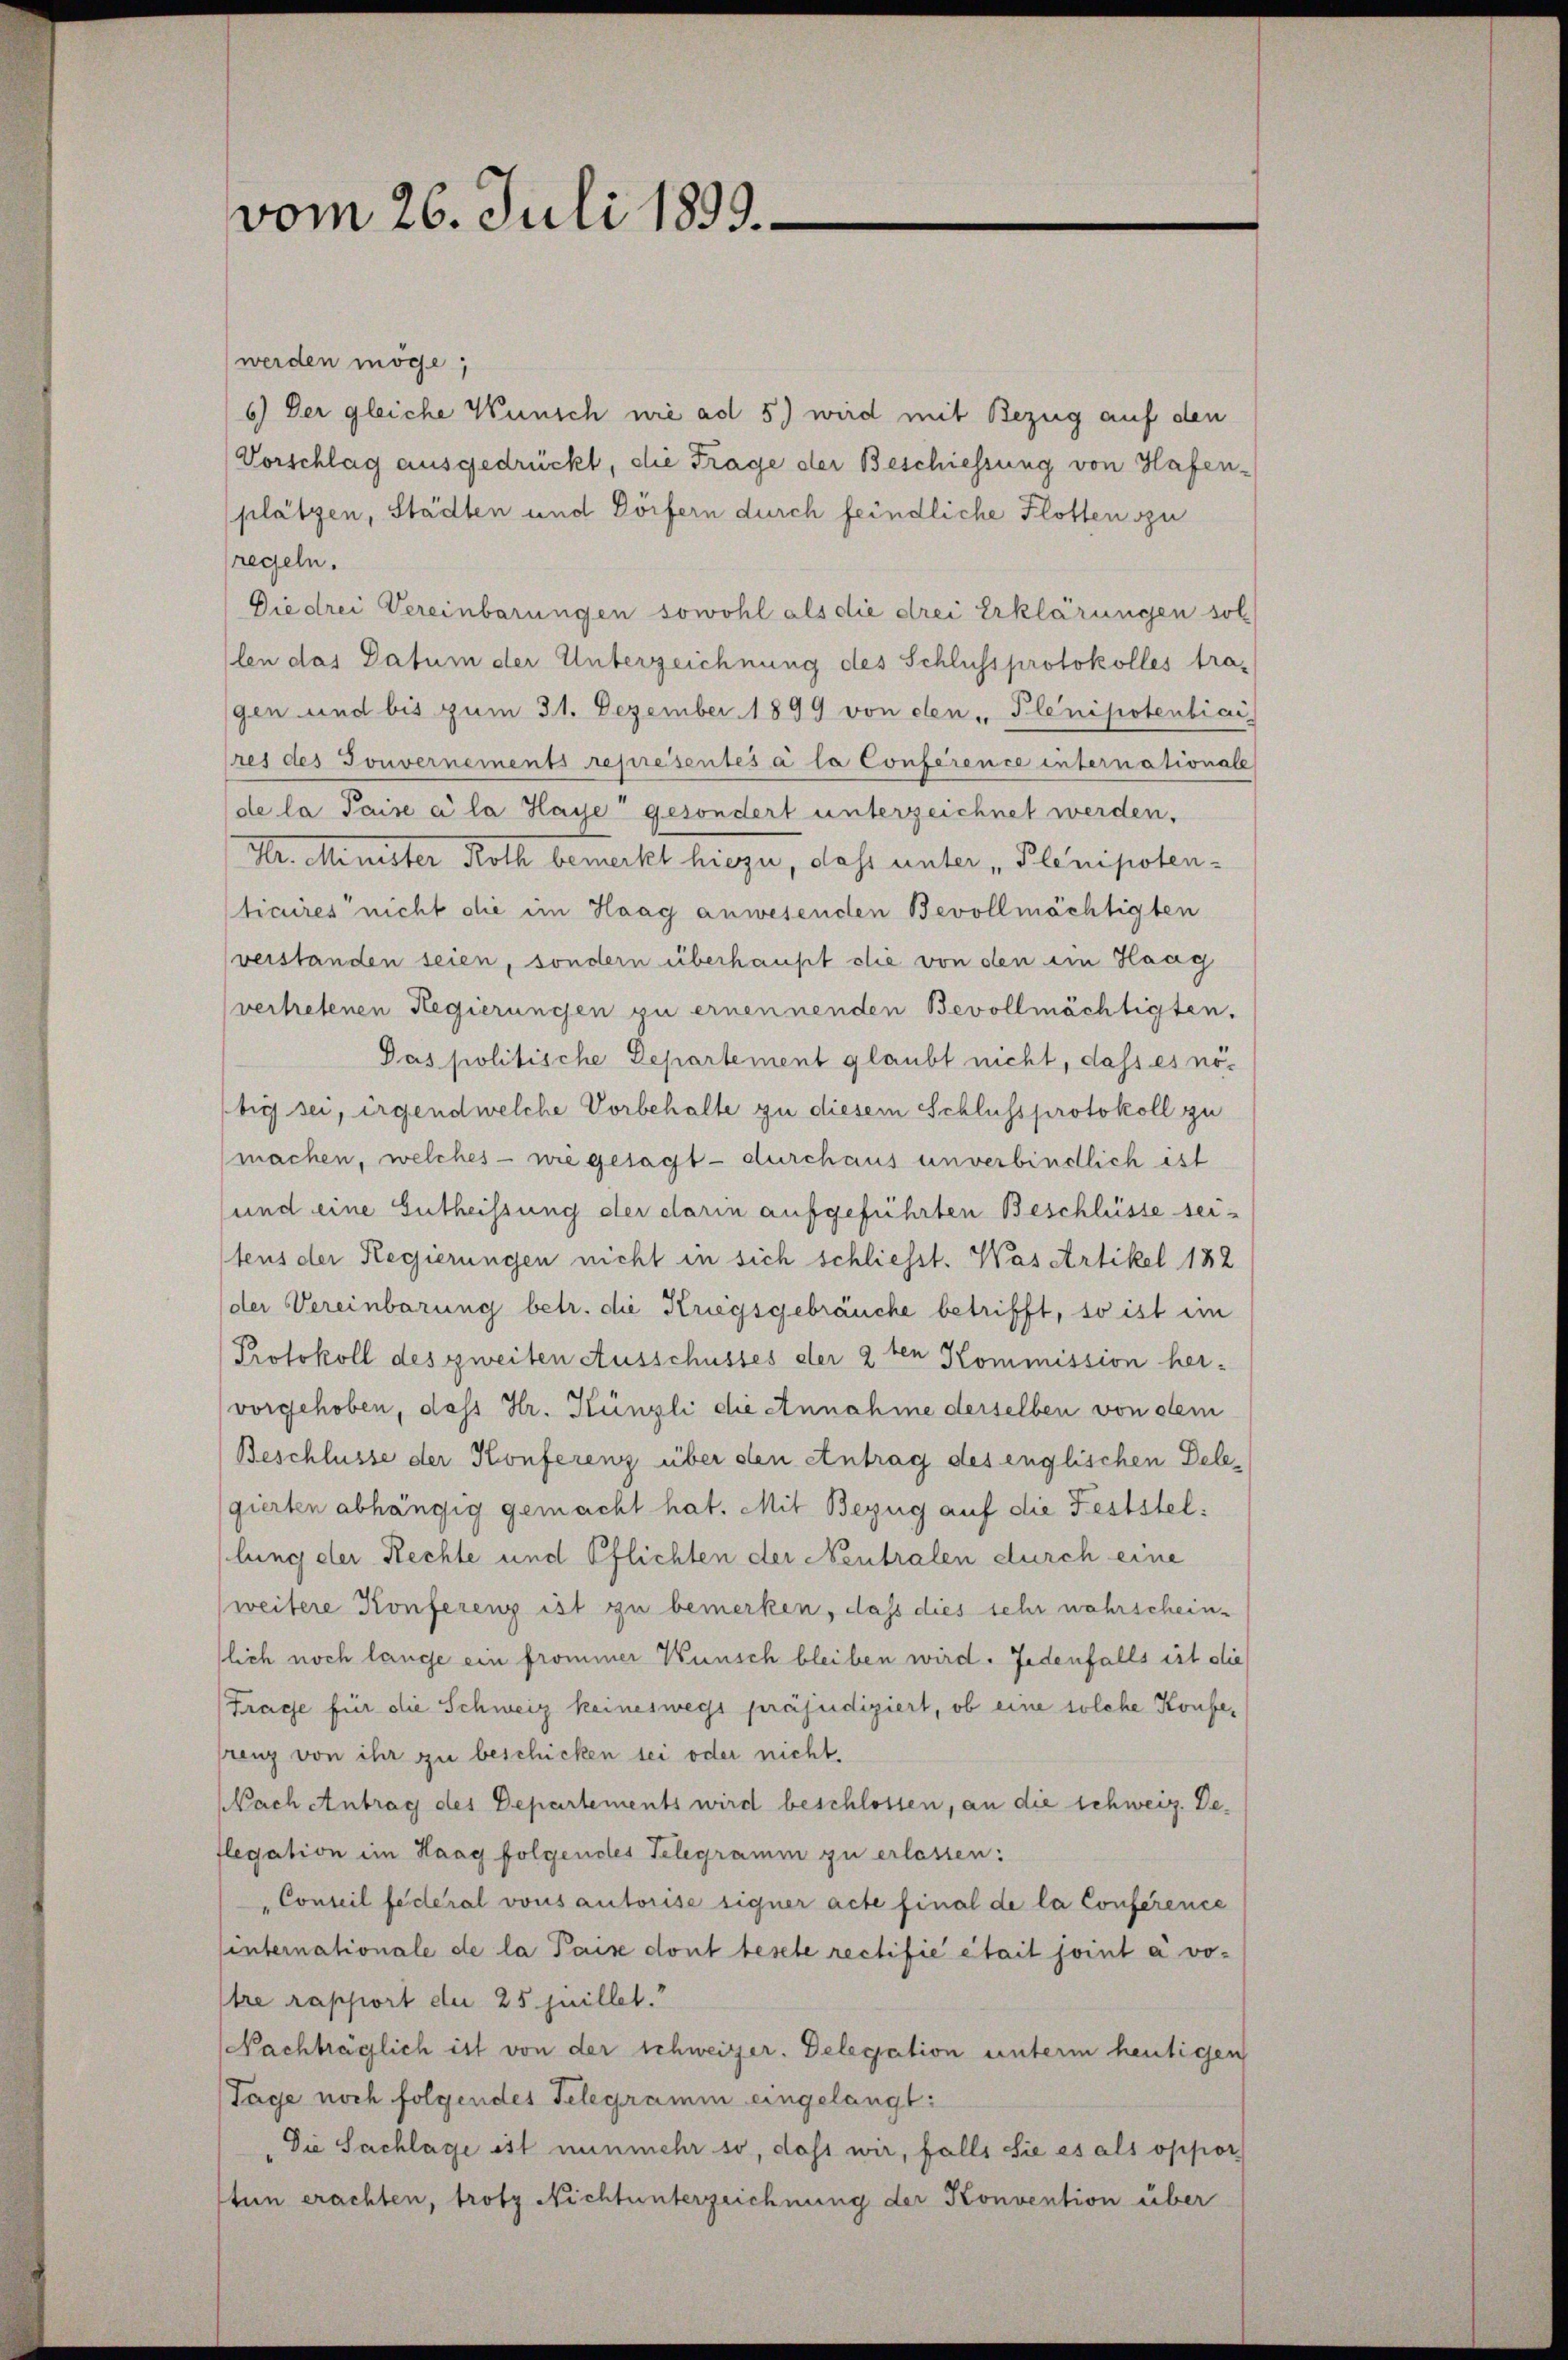
vom 26. Juli 1899.

werden möge;
6.) Der gleiche Wünsch nie ad 5) wird mit Bezug auf den
Vorschlag ausgedrückt, die Frage der Beschiessung von Hafen-
plätzen, Städten und Dörfern durch feindliche Flotten zu
regeln.
Die drei Vereinbarungen sowohl als die drei Erklärungen sol
len das Datum der Unterzeichnung des Schluss protokolles tra-
gen und bis zum 31. Dezember 1899 von den Plenipotenbiai
res des Gouvernements représentés à la Conference internationale
de la Paise à la Haye gesondert unterzeichnet werden.
Dr. Minister Roth bemerkt hiezu, dass unter Plinipoten-
tiaires nicht die im Haag anwesenden Bevollmächtigten
verstanden seien, sondern überhaupt die von den ein Haag
vertretenen Regierungen zu ernennenden Bevollmächtigten.
Pas politische Departement glaubt nicht, dass es nöbig sei, irgendwelche Vorbehalte zu diesem Schlussprotokoll zu
machen, welches - wie gesagt - durchaus unverbindlich ist
und eine Entheissung der darin aufgeführten Beschlüsse seitens der Regierungen nicht in sich schliesst. Was Artikel 182
der Vereinbarung betr. die Kriegsgebräuche betrifft, so ist im
Protokoll des zweiten Ausschusses der 2 ten Kommission her-
vorgehoben, dass Hr. Künzli die Annahme derselben von dem
Beschlüsse der Konferenz über den Antrag des englischen Dele-
gierten abhängig gemacht hat. Mit Bezug auf die Feststellung der Rechte und Pflichten der Neutralen durch eine
weitere Konferenz ist zu bemerken, dass dies sehr wahrscheinslich noch lange ein frommer Wünsch bleiben wird. Jedenfalls ist die
Frage für die Schweiz keineswegs präjudiziert, ob eine solche Konferenz von ihr zu beschicken sei oder nicht.
NNach Antrag des Departements wird beschlossen, an die schweiz. Deflegation im Haag folgendes Telegramm zu erlassen:
Conseil federal vous autorise eigner acte final de la Conference
sinternationale de la Paise dont besele rectifie était joint a votre rapport der 25 juillet.
Nachträglich ist von der schweizer. Delegation unterm heutigen
Tage noch folgendes Telegramm eingelangt:
Die Sachlage ist nunmehr so, dass wir, falls Sie es als oppor
tun erachten, trotz Nichtunterzeichnung der Konvention über